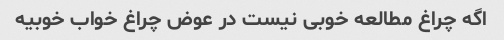
اگه چراغ مطالعه خوبی نیست در عوض چراغ خواب خوبیه